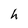
Character: h